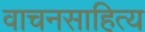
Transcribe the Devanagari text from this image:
वाचनसाहित्य